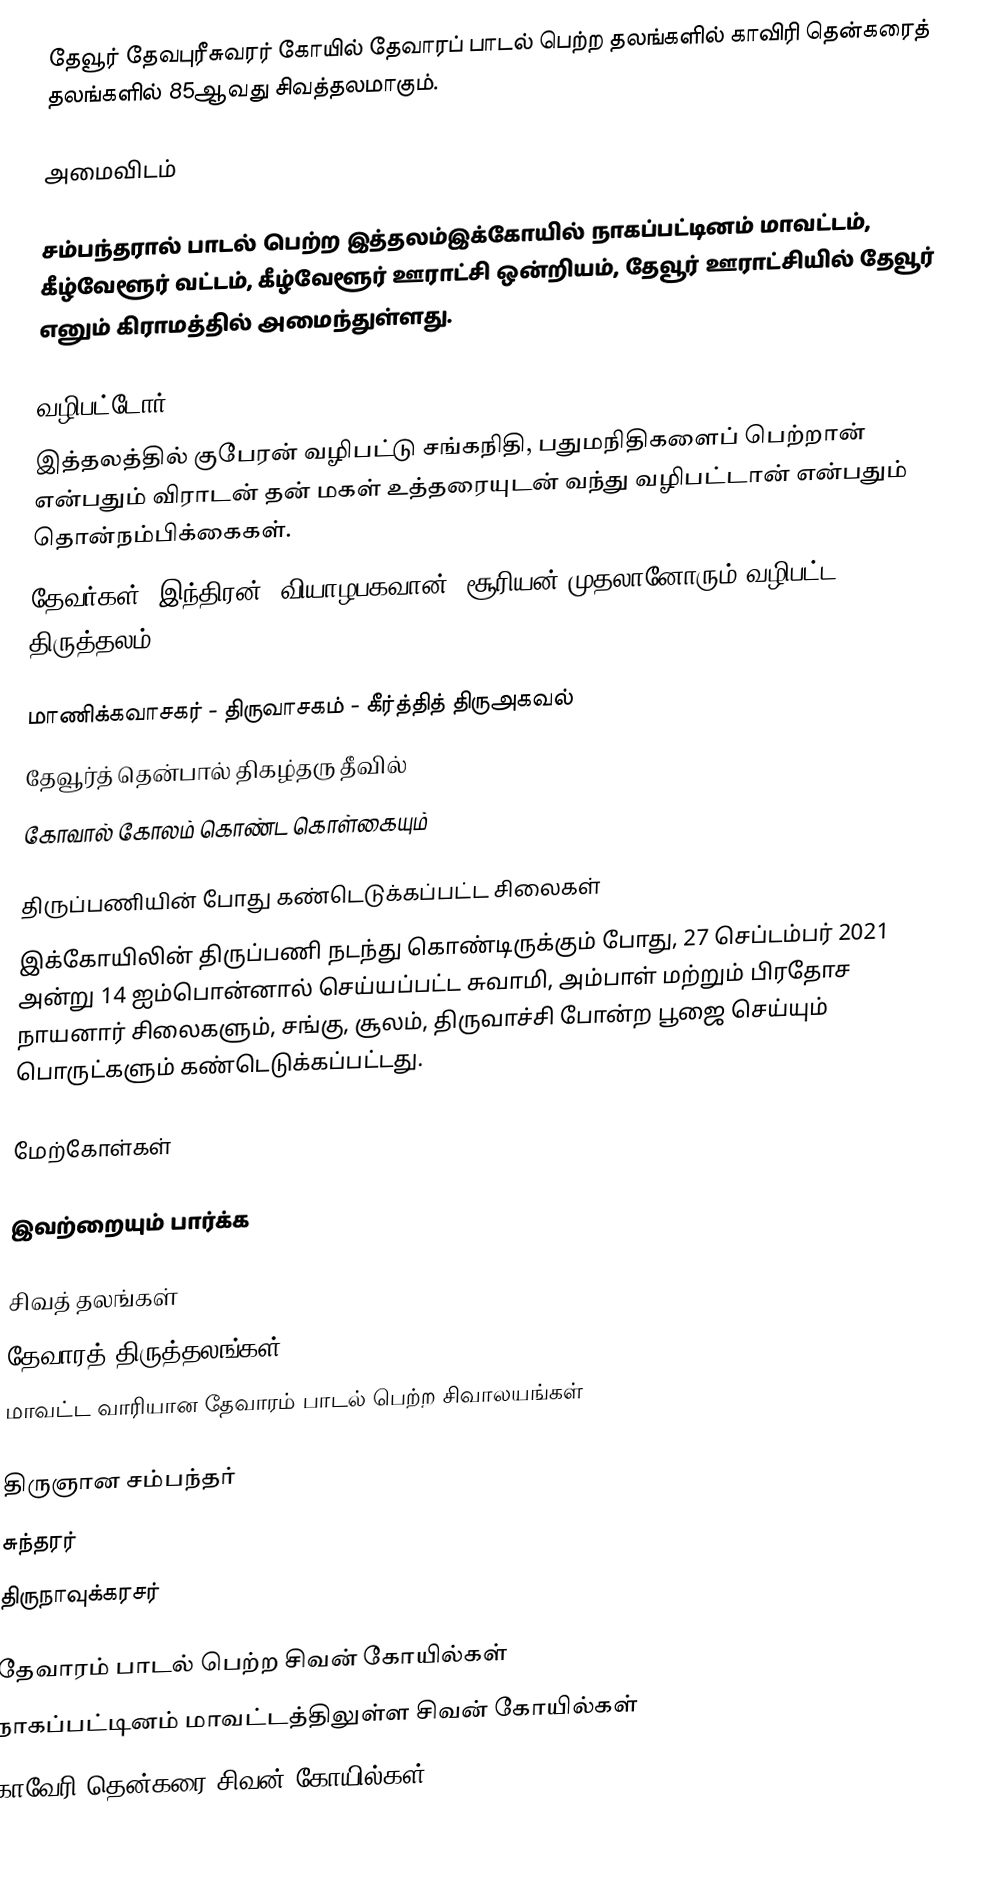
தேவூர் தேவபுரீசுவரர் கோயில் தேவாரப் பாடல் பெற்ற தலங்களில் காவிரி தென்கரைத் தலங்களில் 85ஆவது சிவத்தலமாகும்.

அமைவிடம்

சம்பந்தரால் பாடல் பெற்ற இத்தலம்இக்கோயில் நாகப்பட்டினம் மாவட்டம்,  கீழ்வேளூர் வட்டம், கீழ்வேளூர் ஊராட்சி ஒன்றியம்,  தேவூர் ஊராட்சியில் தேவூர் எனும் கிராமத்தில் அமைந்துள்ளது.

வழிபட்டோர்
இத்தலத்தில் குபேரன் வழிபட்டு சங்கநிதி, பதுமநிதிகளைப் பெற்றான் என்பதும் விராடன் தன் மகள் உத்தரையுடன் வந்து வழிபட்டான் என்பதும் தொன்நம்பிக்கைகள்.
தேவர்கள், இந்திரன், வியாழபகவான், சூரியன் முதலானோரும் வழிபட்ட திருத்தலம்

மாணிக்கவாசகர் - திருவாசகம் - கீர்த்தித் திருஅகவல்
தேவூர்த் தென்பால் திகழ்தரு தீவில்
கோவால் கோலம் கொண்ட கொள்கையும்

திருப்பணியின் போது கண்டெடுக்கப்பட்ட சிலைகள்
இக்கோயிலின் திருப்பணி நடந்து கொண்டிருக்கும் போது, 27 செப்டம்பர் 2021 அன்று  14 ஐம்பொன்னால் செய்யப்பட்ட சுவாமி, அம்பாள் மற்றும் பிரதோச நாயனார் சிலைகளும், சங்கு, சூலம், திருவாச்சி போன்ற பூஜை செய்யும் பொருட்களும் கண்டெடுக்கப்பட்டது.

மேற்கோள்கள்

இவற்றையும் பார்க்க

 சிவத் தலங்கள்
 தேவாரத் திருத்தலங்கள்
 மாவட்ட வாரியான தேவாரம் பாடல் பெற்ற சிவாலயங்கள்

 திருஞான சம்பந்தர்
 சுந்தரர்
 திருநாவுக்கரசர்

தேவாரம் பாடல் பெற்ற சிவன் கோயில்கள்
நாகப்பட்டினம் மாவட்டத்திலுள்ள சிவன் கோயில்கள்
காவேரி தென்கரை சிவன் கோயில்கள்